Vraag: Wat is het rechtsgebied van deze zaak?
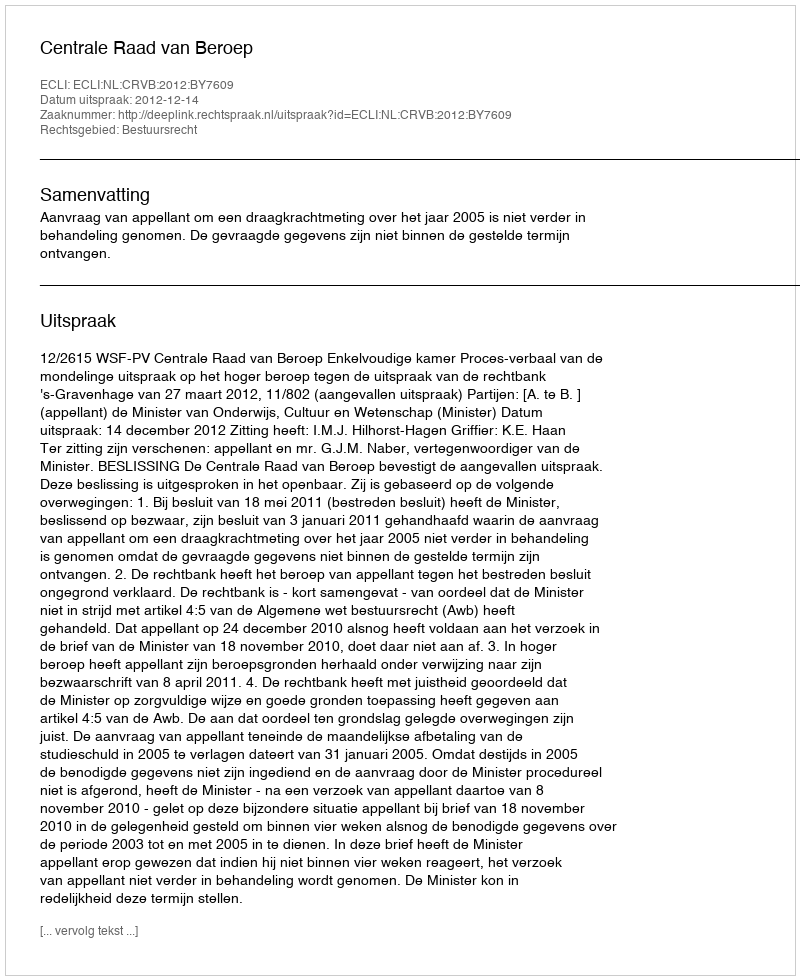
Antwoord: Bestuursrecht